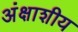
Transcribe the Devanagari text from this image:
अंक्षाशीय